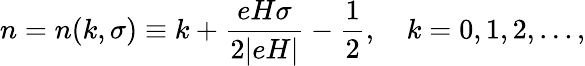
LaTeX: n=n(k,\sigma)\equiv k+\frac{eH\sigma}{2|eH|}-\frac{1}{2},~~~~k=0,1,2,...,